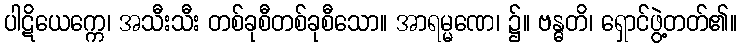
ပါဋိယေက္ကေ၊ အသီးသီး တစ်ခုစီတစ်ခုစီသော။ အာရမ္မဏေ၊ ၌။ ဗန္ဓတိ၊ ရှောင်ဖွဲ့တတ်၏။